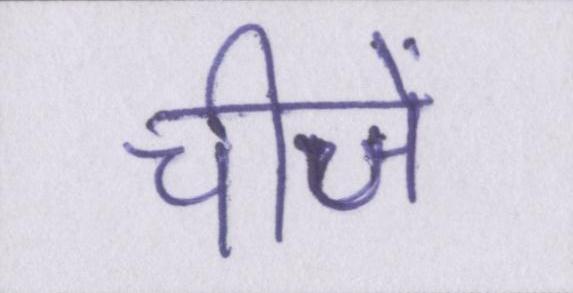
चीजें